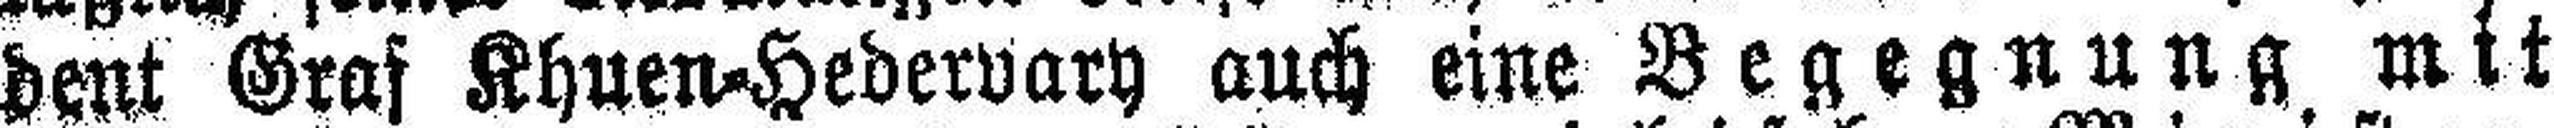
dent Graf Khuen=Hedervary auch eine Begegnung mit